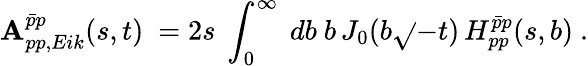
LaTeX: \mathbf{A}_{pp,Eik}^{\bar{{p}}p}(s,t)\ =2s\ \int_{0}^{\infty}\ db\ b\, J_{0}(b\sqrt{}{{-t}})\, H_{pp}^{\bar{{p}}p}(s,b)\ .